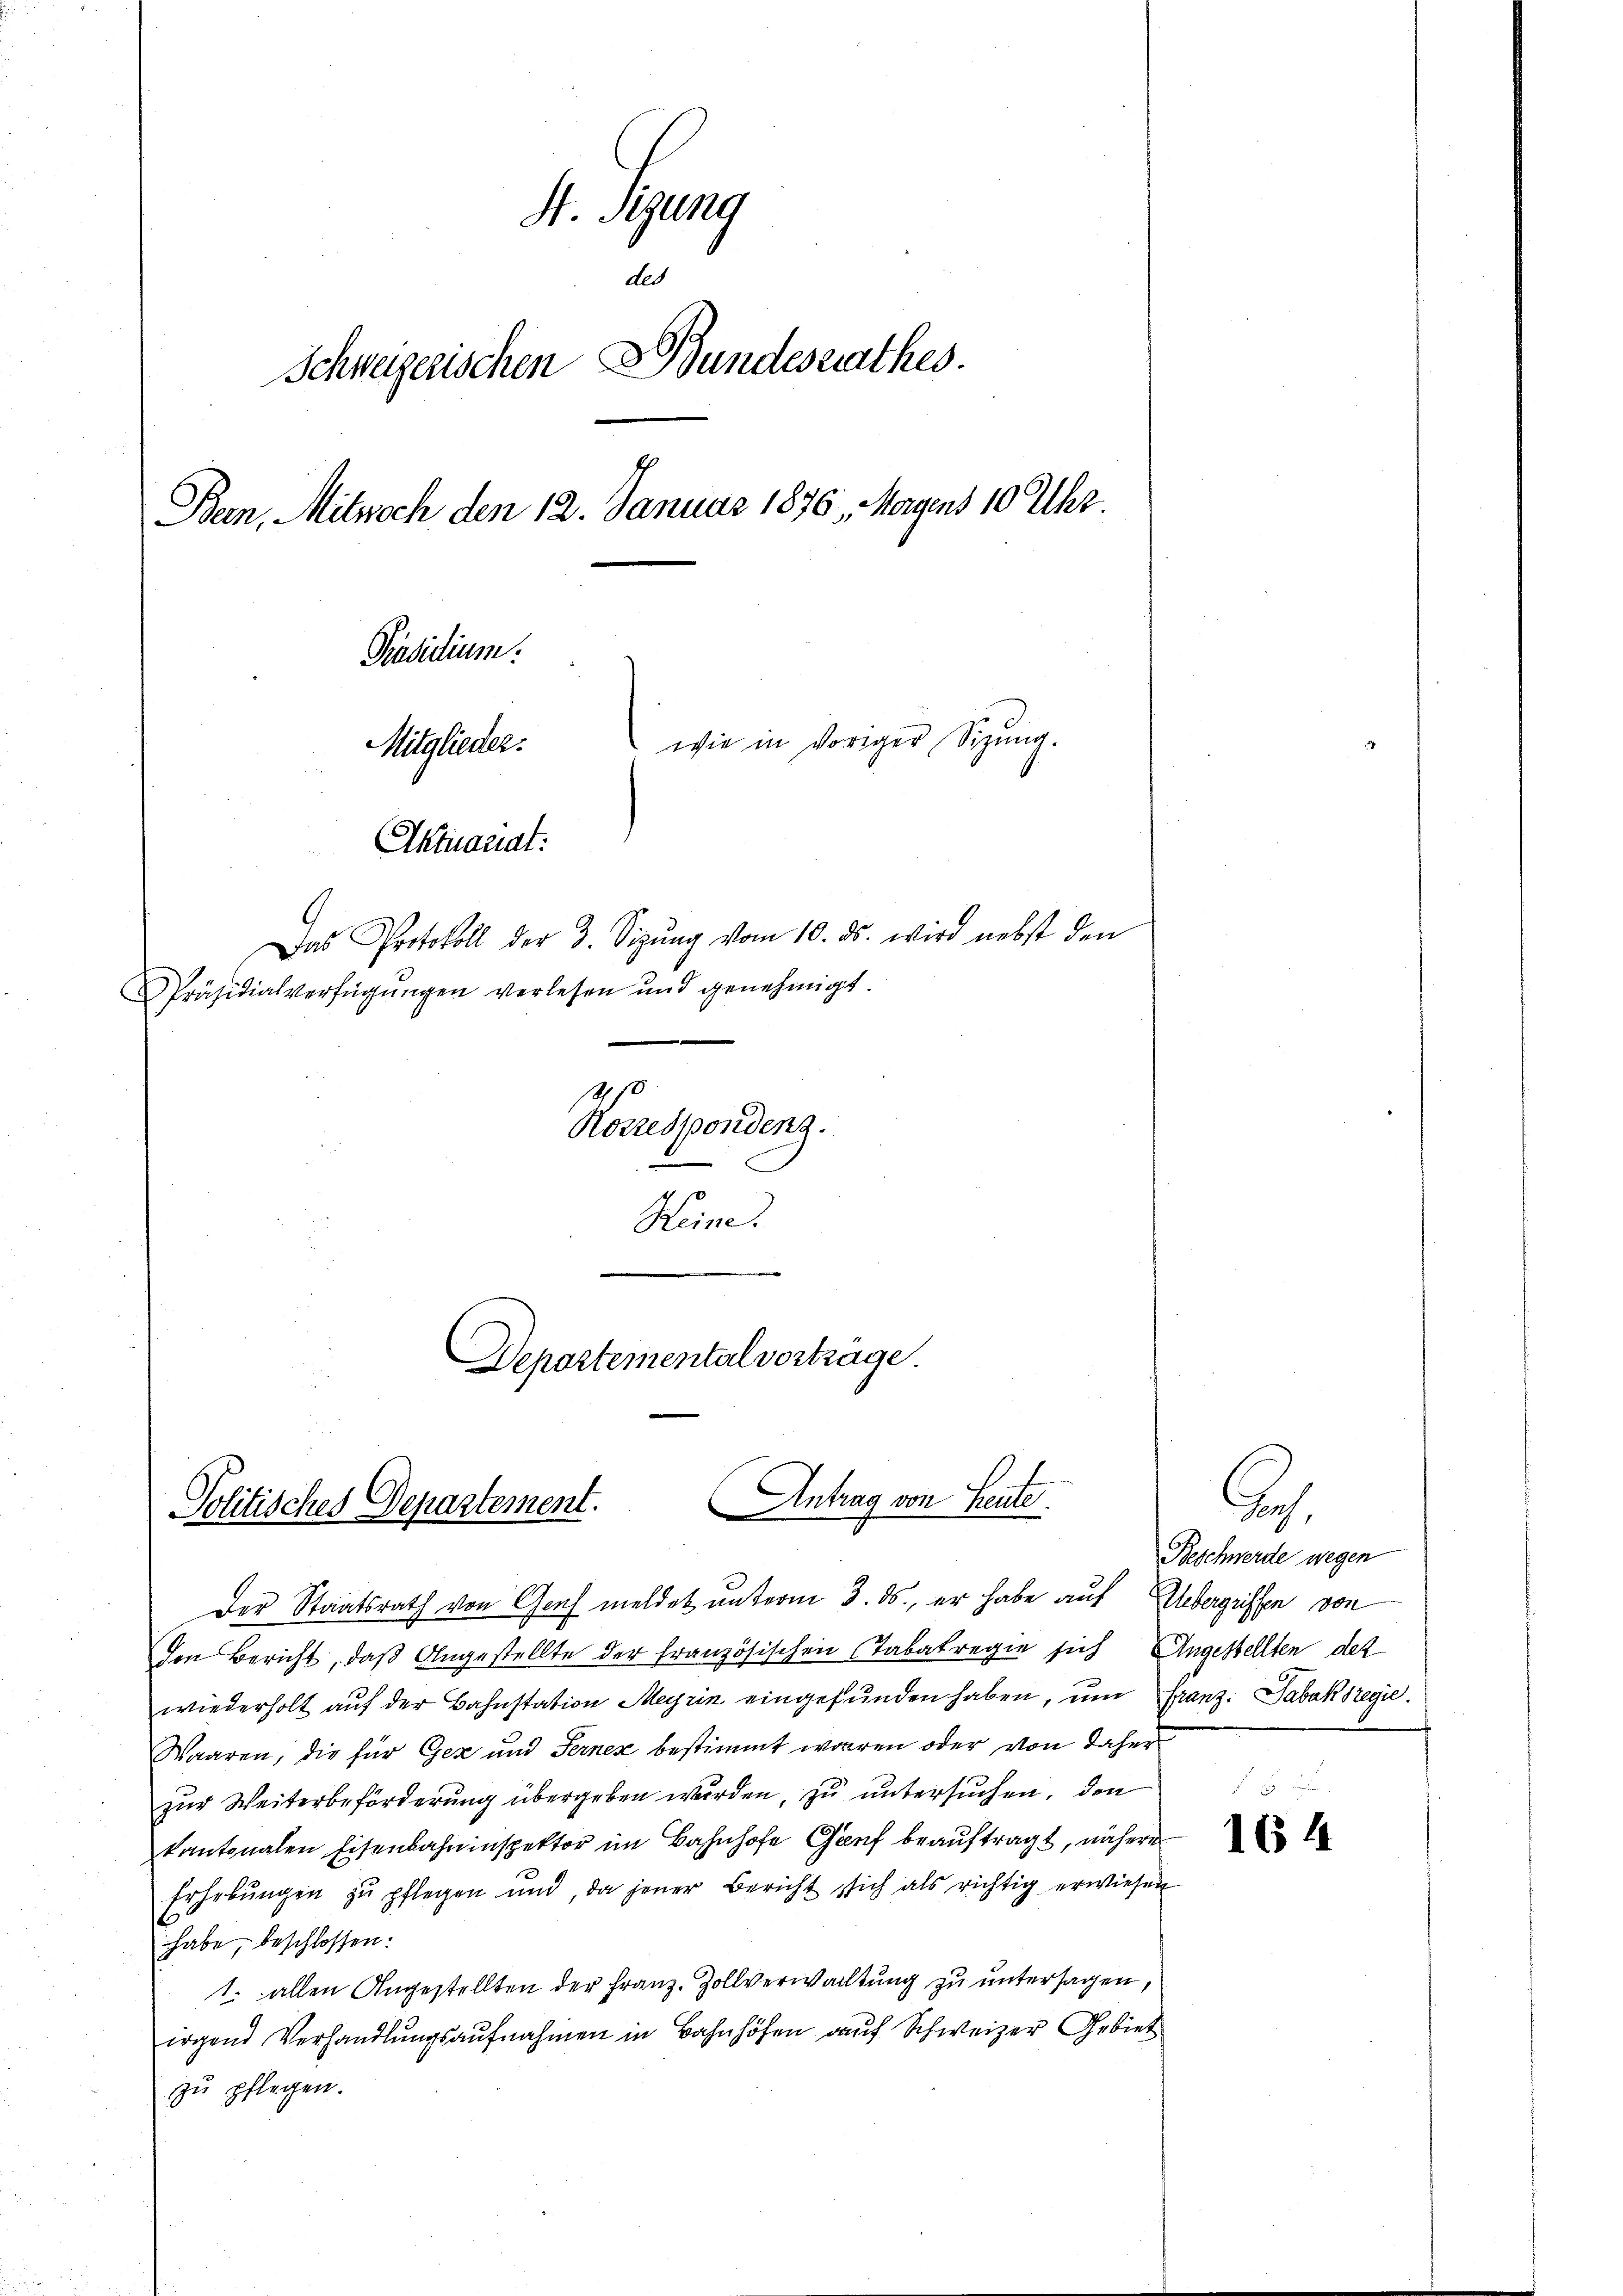
M. Jung
des
Schweizerischen Bundesrathes.
s
Bein, Mitwoch den 12. Januar 1876, Morgens 10 Uhr.
Präsidium.
wie in voriger Sizung.
Mitglieder.
Aktuariat:
Das Protokoll der 3. Sizŭng vom 10. ds. wird nebst den
Präsidialverfügŭngen verlesen und genehmigt.
1470
Korrespondenz.
Keine
Departemental vorträge.

Antrag von Leute.
Politisches Departement.

Der Staatsrath von Graf meldet unterm 3. ds., er habe auf Uebergriffen von
den Bericht, daß Angestellte der französischen Tabakregie sich Angestellten des
wiederholt auf der Bahnstation Meyrin eingefunden haben, um Franz: Tabaksregie
Waaren, die für Gez und Fernes bestimmt waren oder von daher
zur Weiterbeförderung übergeben wurden, zu untersuchen, den
kantonalen Eisenbahninspektor im Bahnhofe Genf beauftragt, nähere
Erhebŭngen zŭ pflegen und, da jener Bericht sich als richtig erwiesen
habe, beschlossen:
1. allen Angestellten der Franz, Zollverwachtung zu untersagen,
irgend Verhandlŭngsaŭfnahmen in Bahnhöfen auf Schweizer Gebiet
zu pflegen.

.
Beschwerde wegen

164